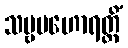
သဗ္ဗမဟောရတ္တိံ